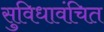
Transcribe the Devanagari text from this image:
सुविधावंचित